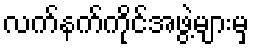
လက်နက်ကိုင်အဖွဲ့များမှ